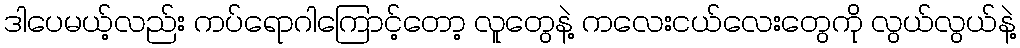
ဒါပေမယ့်လည်း ကပ်ရောဂါကြောင့်တော့ လူတွေနဲ့ ကလေးငယ်လေးတွေကို လွယ်လွယ်နဲ့